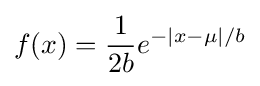
f(x)={\frac {1}{2b}}e^{-|x-\mu |/b}